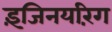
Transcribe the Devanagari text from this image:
इंजिनयरिंग